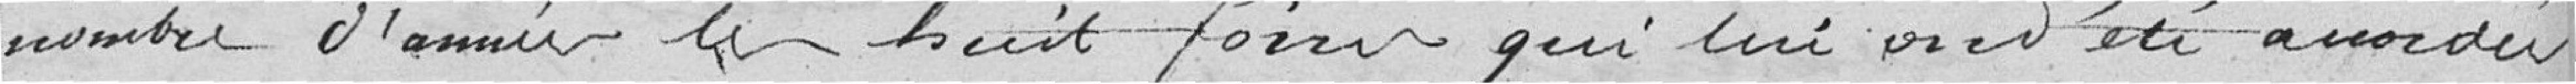
nombreuses années les huit foires qui lui ont été accordée